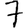
Digit: 7